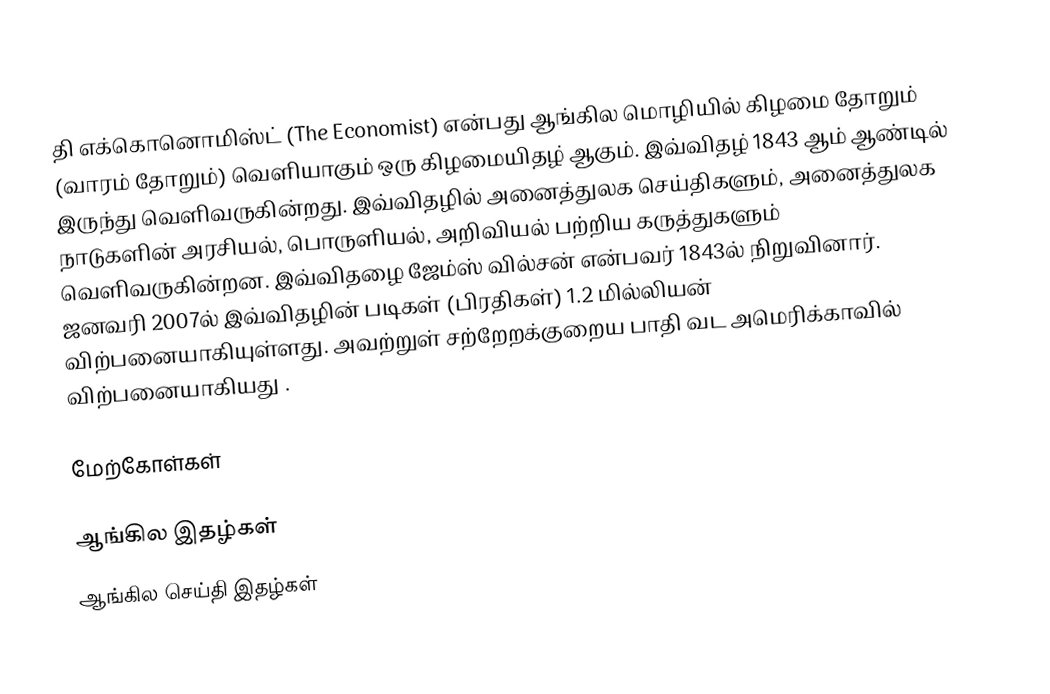
தி எக்கொனொமிஸ்ட் (The Economist) என்பது ஆங்கில மொழியில் கிழமை தோறும் (வாரம் தோறும்) வெளியாகும் ஒரு கிழமையிதழ் ஆகும். இவ்விதழ் 1843 ஆம் ஆண்டில் இருந்து வெளிவருகின்றது. இவ்விதழில் அனைத்துலக செய்திகளும், அனைத்துலக நாடுகளின் அரசியல், பொருளியல், அறிவியல் பற்றிய கருத்துகளும் வெளிவருகின்றன. இவ்விதழை ஜேம்ஸ் வில்சன்  என்பவர் 1843ல் நிறுவினார். ஜனவரி 2007ல் இவ்விதழின் படிகள் (பிரதிகள்) 1.2 மில்லியன் விற்பனையாகியுள்ளது. அவற்றுள் சற்றேறக்குறைய பாதி வட அமெரிக்காவில் விற்பனையாகியது .

மேற்கோள்கள்

ஆங்கில இதழ்கள்
ஆங்கில செய்தி இதழ்கள்